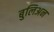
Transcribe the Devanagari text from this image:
बुलिअन